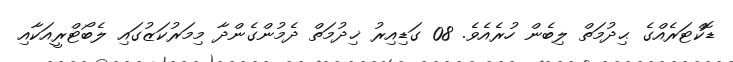
ޑޮކްޓަރެއްގެ ޙިދުމަތް ލިބެން ހުރެއެވެ. 08 ގަޑިއިރު ޚިދުމަތް ދެމުންގެންދާ މިމަރުކަޒުގައި ލެބޯޓްރީއަކާއި